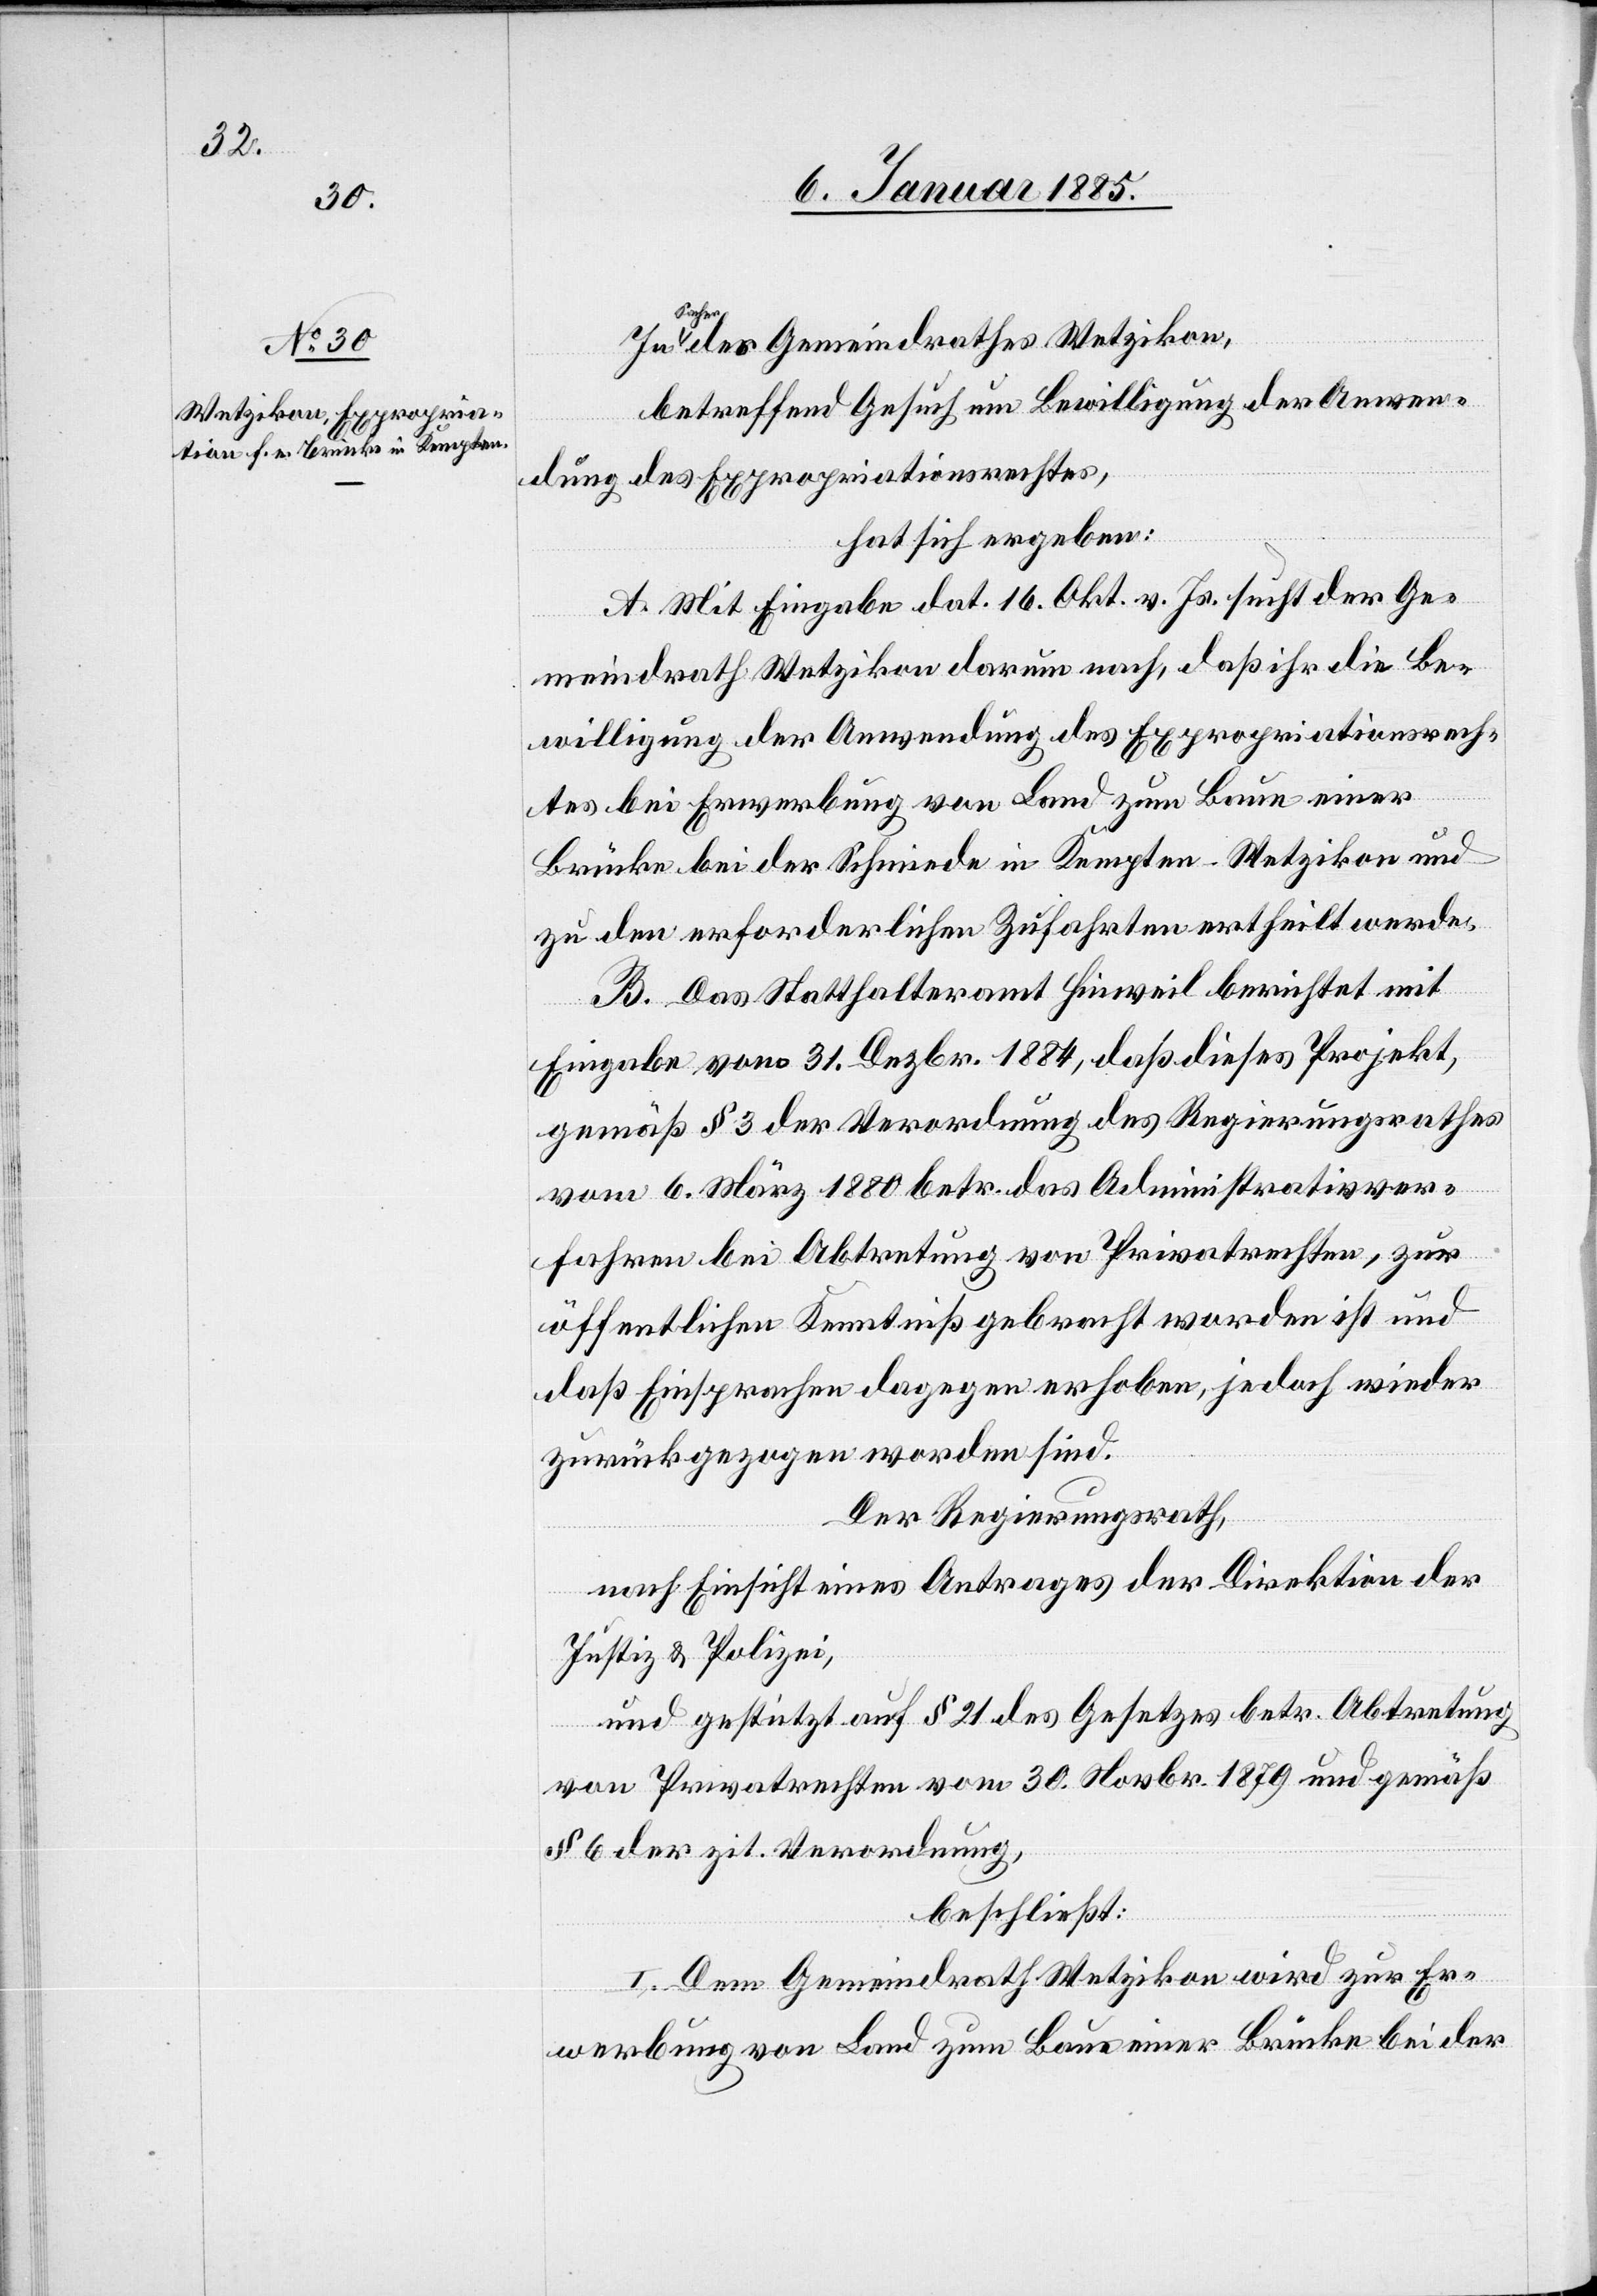
der Gemeindrathes Wetzikon,
betreffend Gesuch um Bewilligung der Anwen¬
dung des Expropriationsrechtes,
hat sich ergeben:
A. Mit Eingabe dat. 16. Okt. v. Js. sucht der Ge¬
meindrath Wetzikon darum nach, daß ihr die Be¬
willigung der Anwendung des Expropriationsrech¬
tes bei Erwerbung von Land zum Baue einer
Brücke bei der Schmiede in Kempten - Wetzikon und
zu den erforderlichen Zufahrten ertheilt werde.
B. Das Statthalteramt Hinweil berichtet mit
Eingabe vom 31. Dezbr. 1884, daß dieses Projekt,
gemäß § 3 der Verordnung des Regierungsrathes
vom 6. März 1880 betr. das Administrativver¬
fahren bei Abtretung von Privatrechten, zur
öffentlichen Kenntniß gebracht worden ist und
daß Einsprachen dagegen erhoben, jedoch wieder
zurückgezogen worden sind.
Der Regierungsrath,
nach Einsicht eines Antrages der Direktion der
Justiz & Polizei,
und gestützt auf § 21 des Gesetzes betr. Abtretung
von Privatrechten vom 30. Novbr. 1879 und gemäß
§ 6 der zit. Verordnung,
beschließt:
I. Dem Gemeindrath Wetzikon wird zur Er¬
werbung von Land zum Baue einer Brücke bei der